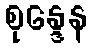
စုန္ဒေန